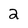
Character: 2